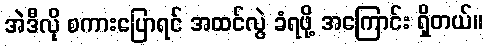
အဲဒီလို စကားပြောရင် အထင်လွဲ ခံရဖို့ အကြောင်း ရှိတယ်။